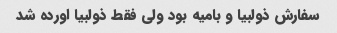
سفارش ذولبیا و بامیه بود ولی فقط ذولبیا اورده شد